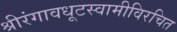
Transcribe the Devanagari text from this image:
श्रीरंगावधूटस्वामीविरचित